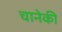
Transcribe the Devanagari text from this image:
चानेकी